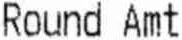
ROUND AMT